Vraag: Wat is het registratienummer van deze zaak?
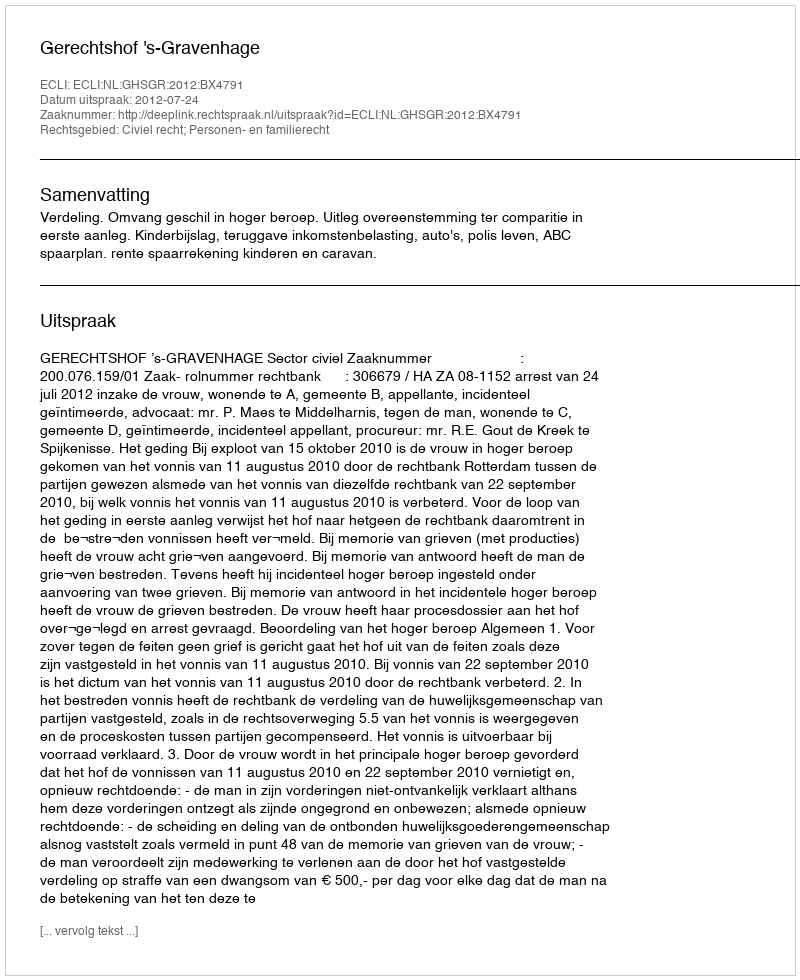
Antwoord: http://deeplink.rechtspraak.nl/uitspraak?id=ECLI:NL:GHSGR:2012:BX4791